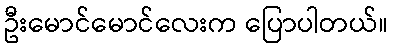
ဦးမောင်မောင်လေးက ပြောပါတယ်။